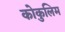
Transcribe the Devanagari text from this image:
कोकुलिम